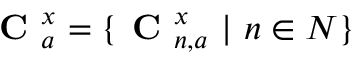
\textbf { C } _ { a } ^ { x } = \{ \textbf { C } _ { n , a } ^ { x } \ | \ n \in N \}